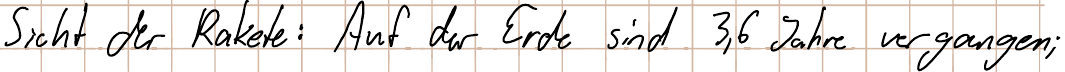
Sicht der Rakete: Auf der Erde sind 3,6 Jahre vergangen;